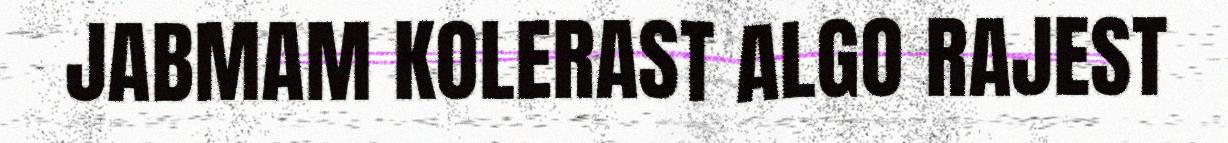
JABMAM KOLERAST ALGO RAJEST